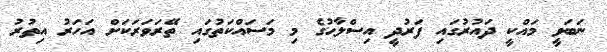
ނަބަވީ މައްކީ ދައުރުގައި ފަރުދީ އިސްލާޙުގެ މި މަސައްކަތުގައި ތޭރަވަރަކަށް އަހަރު އިތުރު